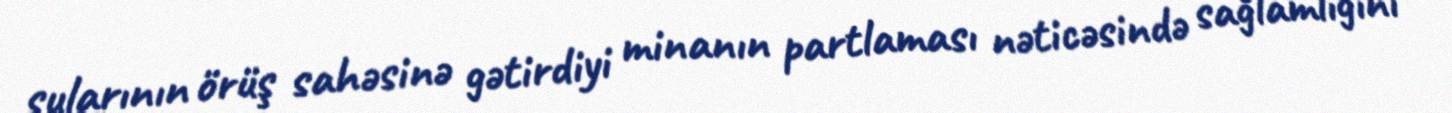
sularının örüş sahəsinə gətirdiyi minanın partlaması nəticəsində sağlamlığını